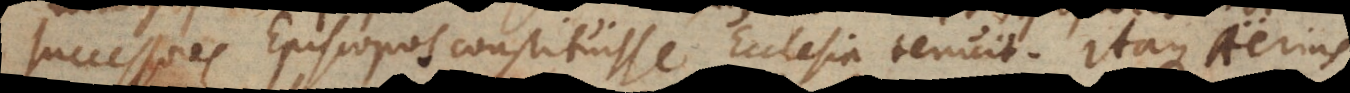
successores Episcopos constituisse Ecclesia tenuit. Itaque Aërius